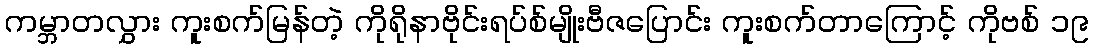
ကမ္ဘာတလွှား ကူးစက်မြန်တဲ့ ကိုရိုနာဗိုင်းရပ်စ်မျိုးဗီဇပြောင်း ကူးစက်တာကြောင့် ကိုဗစ် ၁၉